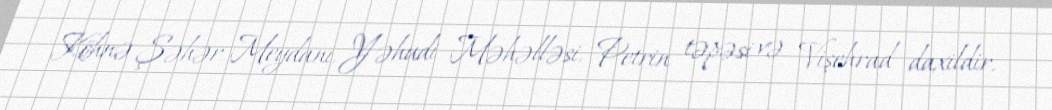
Köhnə Şəhər Meydanı, Yəhudi Məhəlləsi, Petrin təpəsi və Vişehrad daxildir.